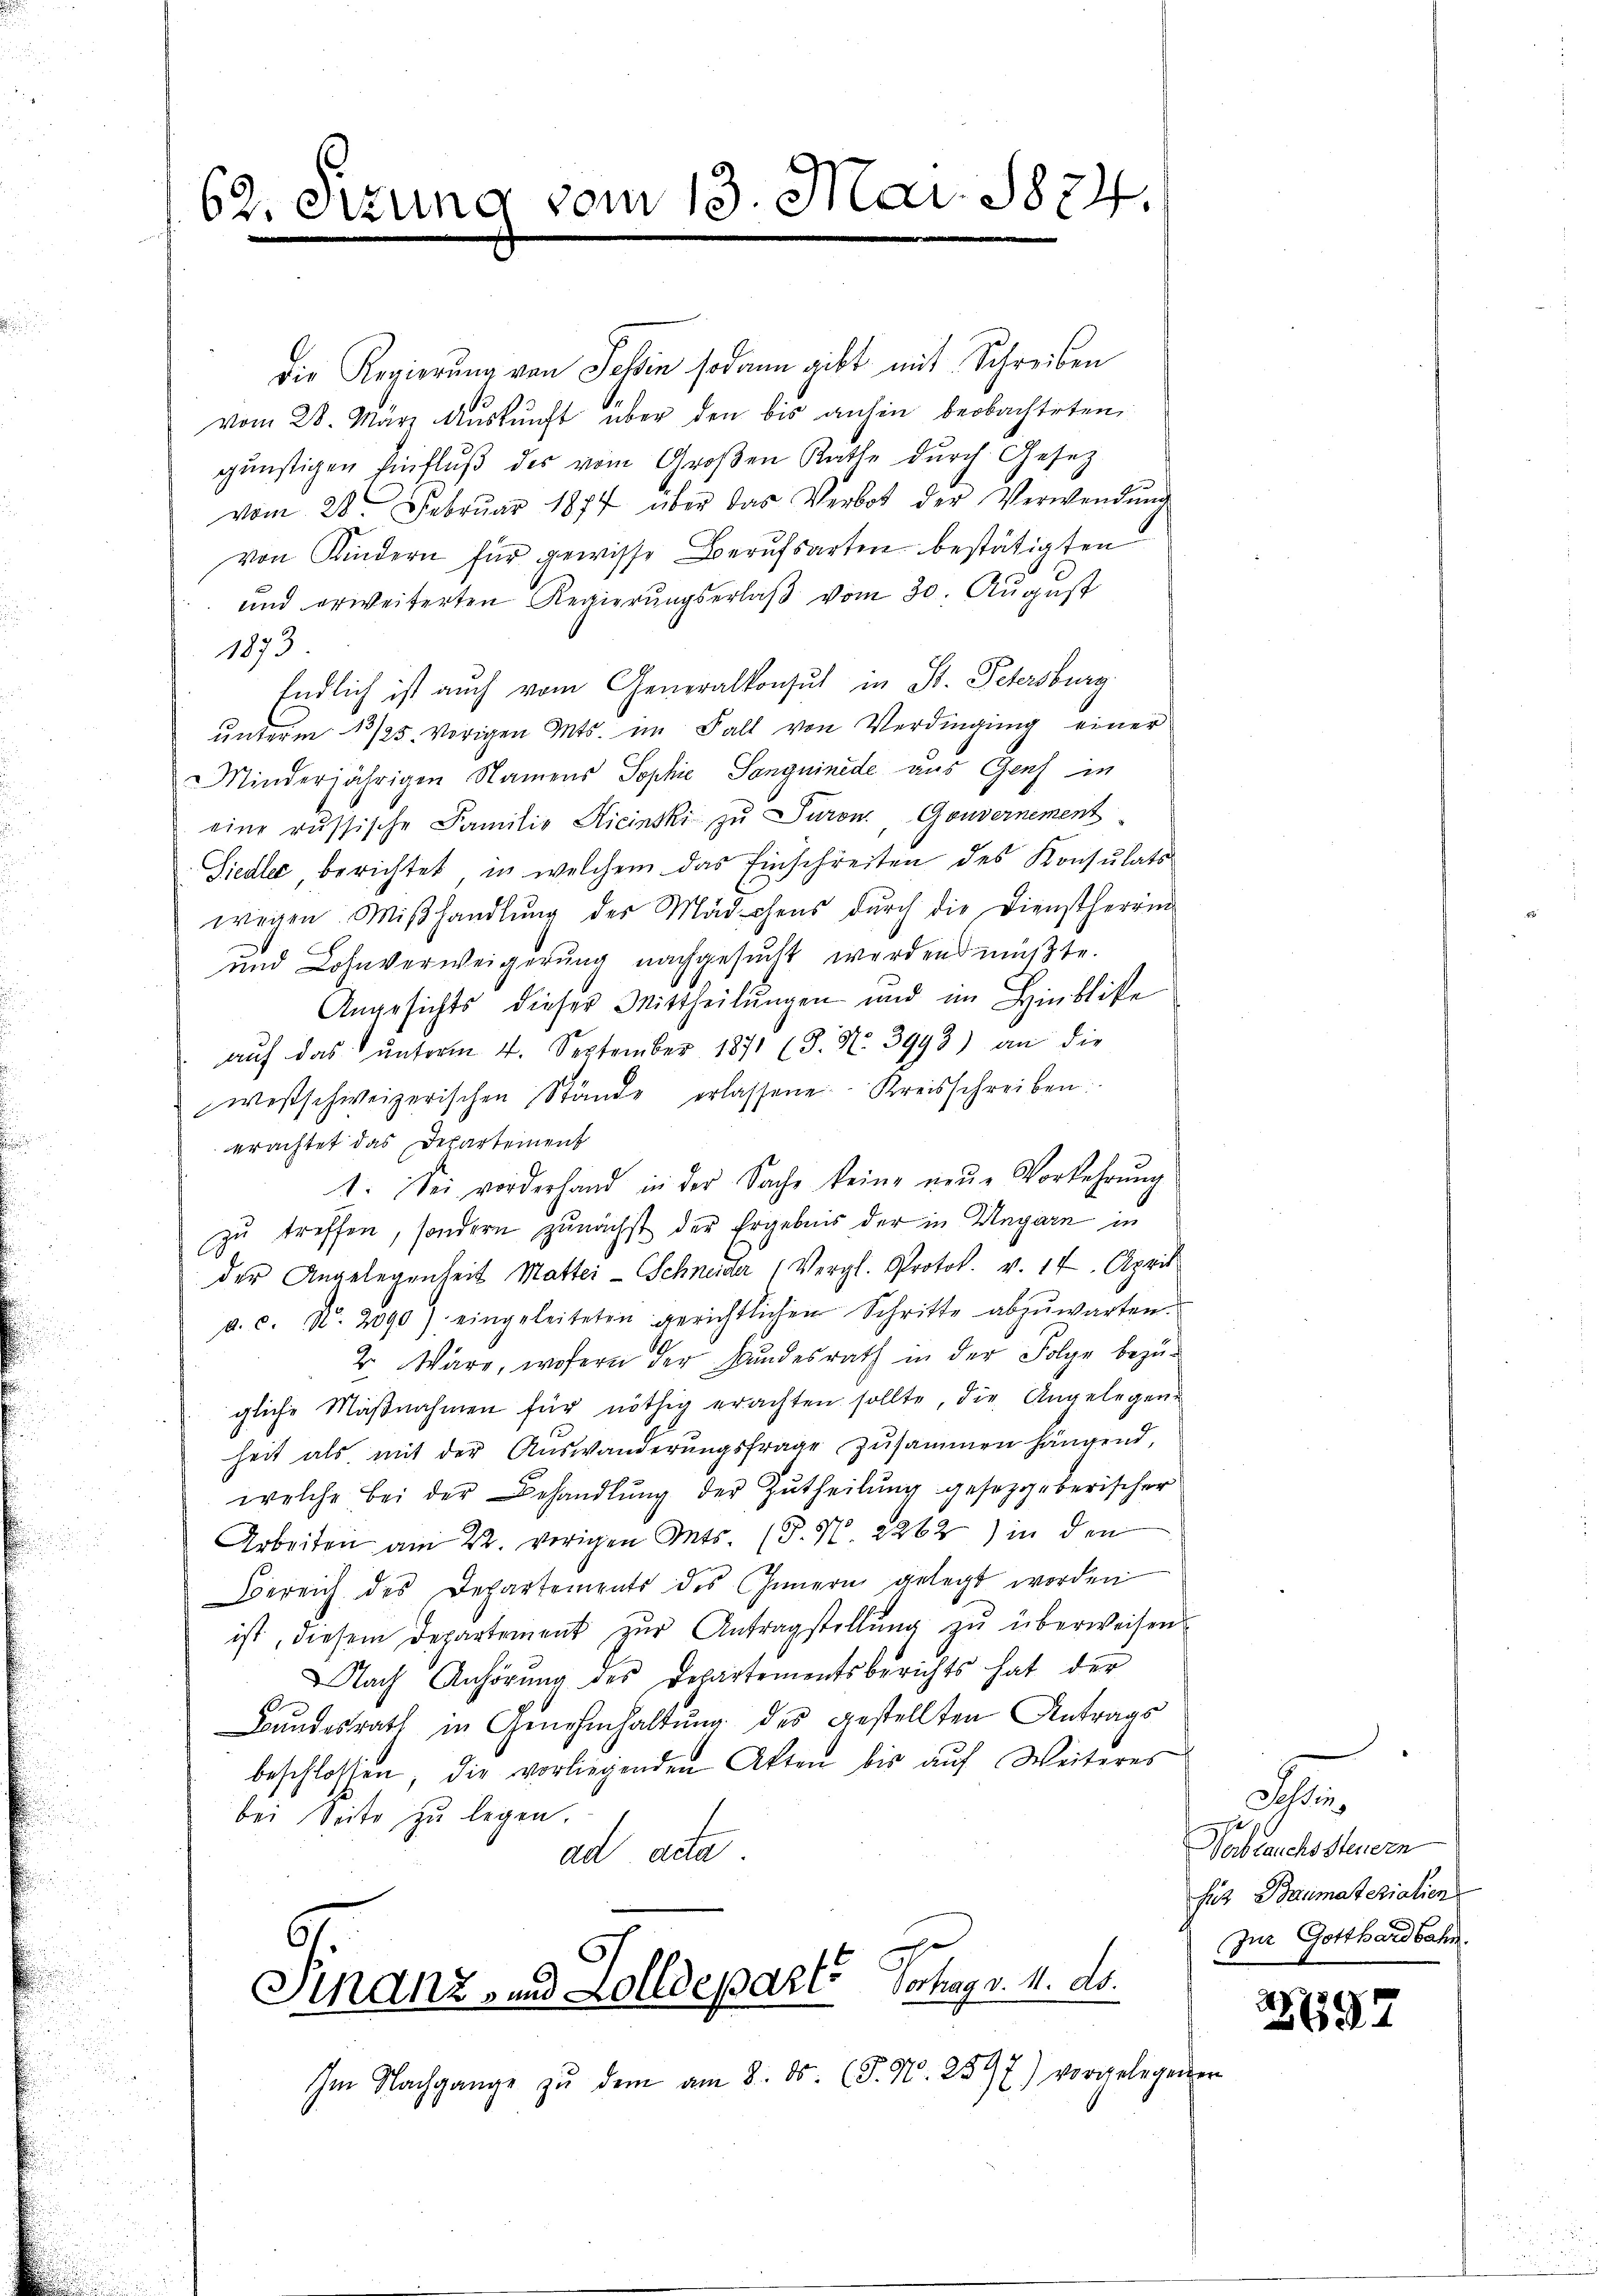
62. Sitzun

vom 13. Mai. 1874.

die Regierung von Selin sodann gibt mit Schreiben
vom 28. März Aŭskŭnft über den bis anhin beobachteten
günstigen Einfluß des vom Großen Rathe durch Gesez
vom 28. Febrŭar 1874 über das Verbot der Verwendŭng
von Kindern für gewisse Berufsarten bestätigten
und erweiterten Regierungserlaβ vom 30. August
1873
Endlich ist auch vom Generalkonsul in St. Petersburg.
unterm 13/25. vorigen Mts. im Fall von Verdingung einer
Minderjährigen Namens Sophie Sanguinede aus Genf in
eine russische Familie Hicinski zu Turon, Gouvernement
Siedler berichtet, in welchem das Einschreiten des Konsulats
wegen Miβhandlŭng des Mädchens dŭrch die Dienstherrin
und Lohnverweigerung nachgesucht werden müßte.
Angesichts dieser Mittheilungen und im Hinblike
auf das ŭnterm 4. September 1871 (3. No. 3993) an die
westschweizerischen Stände erlassene Kreisschreiben
erachtet das Departement
1. Sei vorderhand in der Sache keine neŭe Vorkehrŭng
zu treffen, sondern zunächst der Ergebnis der in Ungarn in
der Angelegenheit Mattei-Schneider (Vergl. Protok. v. 17. April
a. c. N. 2090) eingeleiteten gerichtlichen Schritte abzŭwarten.
2. Wäre, wofern der Bundesrath in der Folge bezüg
gliche Maβnahmen für nöthig erachten sollte, die Angelegen-
heit als mit der Auswanderŭngsfrage zusammen hängend,
welche bei der Behandlŭng der Zŭtheilŭng gesetzgeberischer
Arbeiten am 22. vorigen Mts. (T. N. 2262) in den
Bereich des Departements des Innern gelegt worden
ist, diesem Departement zŭr Antragstellŭng zŭ überweisen
Nach Anhörung des Departementsberichts hat der
Bŭndesrath in Genehmhaltŭng des gestellten Antrags
beschlossen, die vorliegenden Akten bis aŭf Weiteres
bei Seite zu legen.
ad acta
Finanz und Zolldeparts Sohnpr. 11. ds.
Im Nachgange zŭ dem am 8. ds. (T. N. 2597) vorgelegenen

a
Verbrauchssteuern
his Baumaterialien
Zur Gotthardbahn.

497